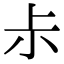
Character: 尗